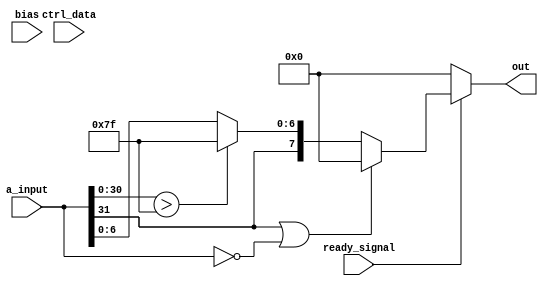
`timescale 1ns / 1ps

module activation_function# (parameter WIDTH=32) (input signed [WIDTH-1:0] a_input , input [7:0] bias, input [1:0] ctrl_data , input ready_signal, output reg [7:0] out);

/*	 
	wire [15:0] bias_res[bias
	
	multiplier_ip cut_mul(bias, 8'b01111111 , bias_res);
	
	wire signed [WIDTH-1:0] a_in = (ctrl_data == 2'b00 || ctrl_data == 2'b01) ? ((a_input + {bias_res[15], {WIDTH-16{1'b0}}, bias_res[14:0]}) >> 9) : (a_input + {bias_res[15], {WIDTH-16{1'b0}}, bias_res[14:0]});
*/

	always@(*) begin
		if (ready_signal) begin
			if (a_input[WIDTH-1] == 1 || a_input == 0)
				out = 8'b0;
			else begin
				if (a_input[WIDTH-2:0] > 127)
					out = {a_input[WIDTH-1], {7{1'b1}}};
				else
					out = {a_input[WIDTH-1], a_input[6:0]};
			end
		end
		else
			out = 8'b0;
	end

endmodule